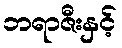
ဘရာဇီးနှင့်